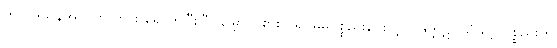
ကုလဒူသနအာပတ် ကား ရောက်ပြီးပြီ။ မြှောက်စားလို၍ မိမိပစ္စည်းပေးလျှင် ဒုက္ကဋ်။ သံဃာ့ ပစ္စည်းကို